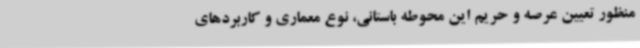
منظور تعیین عرصه و حریم این محوطه باستانی، نوع معماری و کاربردهای